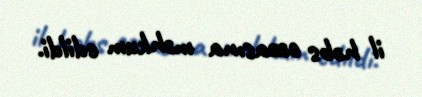
il həbs cəzasına məhkum edildi.